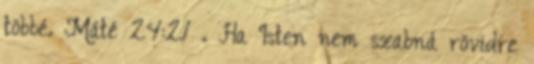
többé. Máté 24:21 . Ha Isten nem szabná rövidre